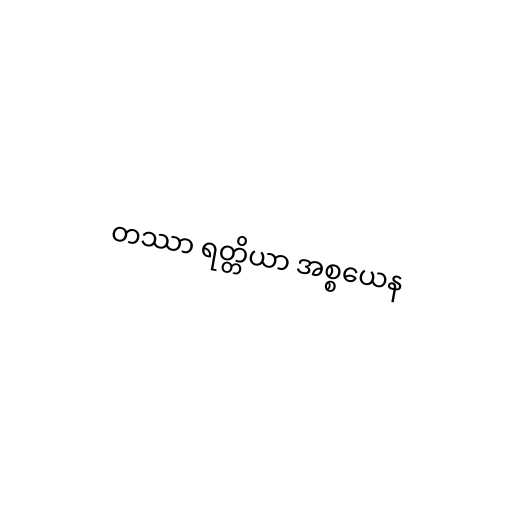
တဿာ ရတ္တိယာ အစ္စယေန